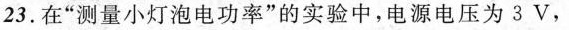
23. 在”测量小灯泡电功率”的实验中，电源电压为3V，